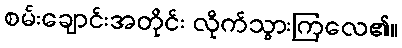
စမ်းချောင်းအတိုင်း လိုက်သွားကြလေ၏။